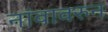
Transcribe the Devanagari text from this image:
नांवावरुन